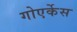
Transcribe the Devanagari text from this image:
गोएर्केस